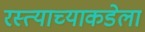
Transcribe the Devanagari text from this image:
रस्त्याच्याकडेला